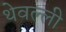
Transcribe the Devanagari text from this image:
थेवल्ली